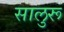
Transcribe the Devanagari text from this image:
सालुरू